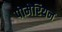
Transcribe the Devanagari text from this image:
पोमेरियन